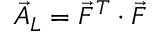
\vec { A } _ { L } = \vec { F } ^ { T } \cdot \vec { F }